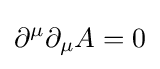
\partial ^{\mu }\partial _{\mu }A=0